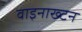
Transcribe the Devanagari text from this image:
वाइनाख्टन